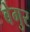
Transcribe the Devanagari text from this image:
बेगुर